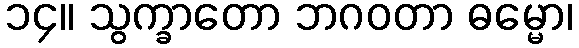
၁၄။ သွက္ခာတော ဘဂဝတာ ဓမ္မော၊